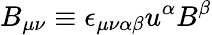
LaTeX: B_{\mu\nu}\equiv\epsilon_{\mu\nu\alpha\beta}u^{\alpha}B^{\beta}